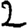
Digit: 2